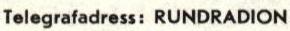
Telegrafadress: RUNDRADION